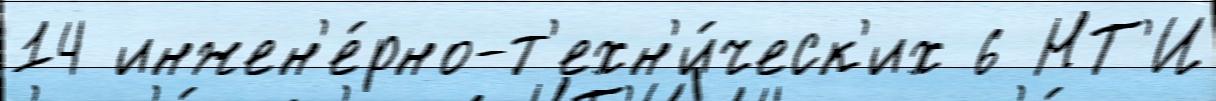
14 инжен'е́рно-т'ехн'и́ческ'их 6 НТ'И